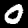
Digit: 0